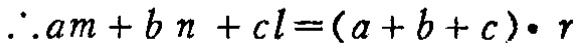
\(\therefore am + bn + cl=(a + b + c)\cdot r\)